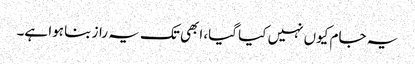
یہ جام کیوں نہیں کیا گیا، ابھی تک یہ راز بنا ہوا ہے۔